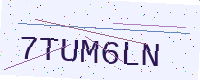
Text: 7TUM6LN